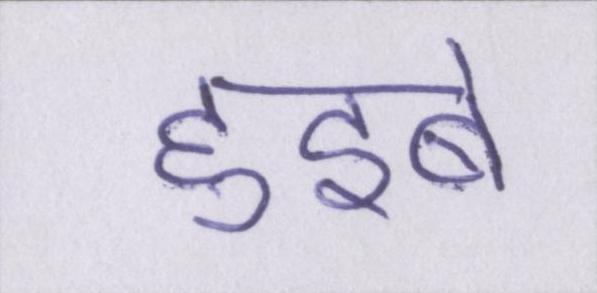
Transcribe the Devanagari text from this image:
हुइबे